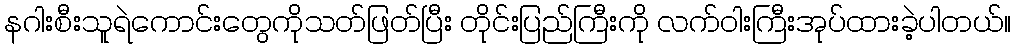
နဂါးစီးသူရဲကောင်းတွေကိုသတ်ဖြတ်ပြီး တိုင်းပြည်ကြီးကို လက်ဝါးကြီးအုပ်ထားခဲ့ပါတယ်။